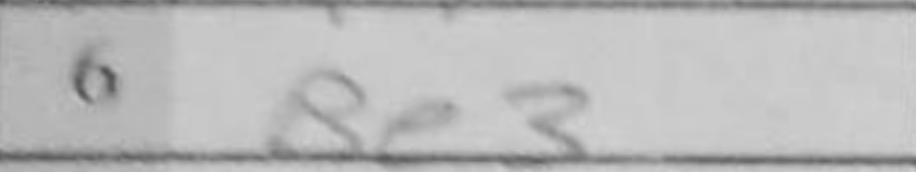
Transcription: Be3